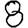
Digit: 8